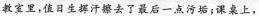
教室里，值日生挥汗擦： 去了最后一点污垢；课桌上，